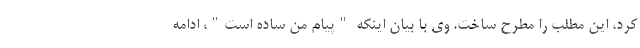
کرد، این مطلب را مطرح ساخت. وی با بیان اینکه "پیام من ساده است"، ادامه